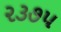
૨૩૭૫